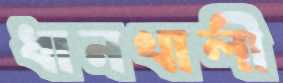
ধানখালী